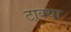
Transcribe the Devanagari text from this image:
टा़क्या